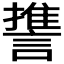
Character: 𮘱